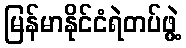
မြန်မာနိုင်ငံရဲတပ်ဖွဲ့